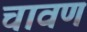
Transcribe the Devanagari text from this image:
चावण